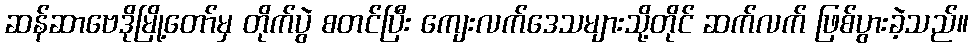
ဆန်ဆာဗေဒိုမြို့တော်မှ တိုက်ပွဲ စတင်ပြီး ကျေးလက်ဒေသများသို့တိုင် ဆက်လက် ဖြစ်ပွားခဲ့သည်။